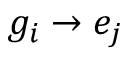
g _ { i } \to e _ { j }